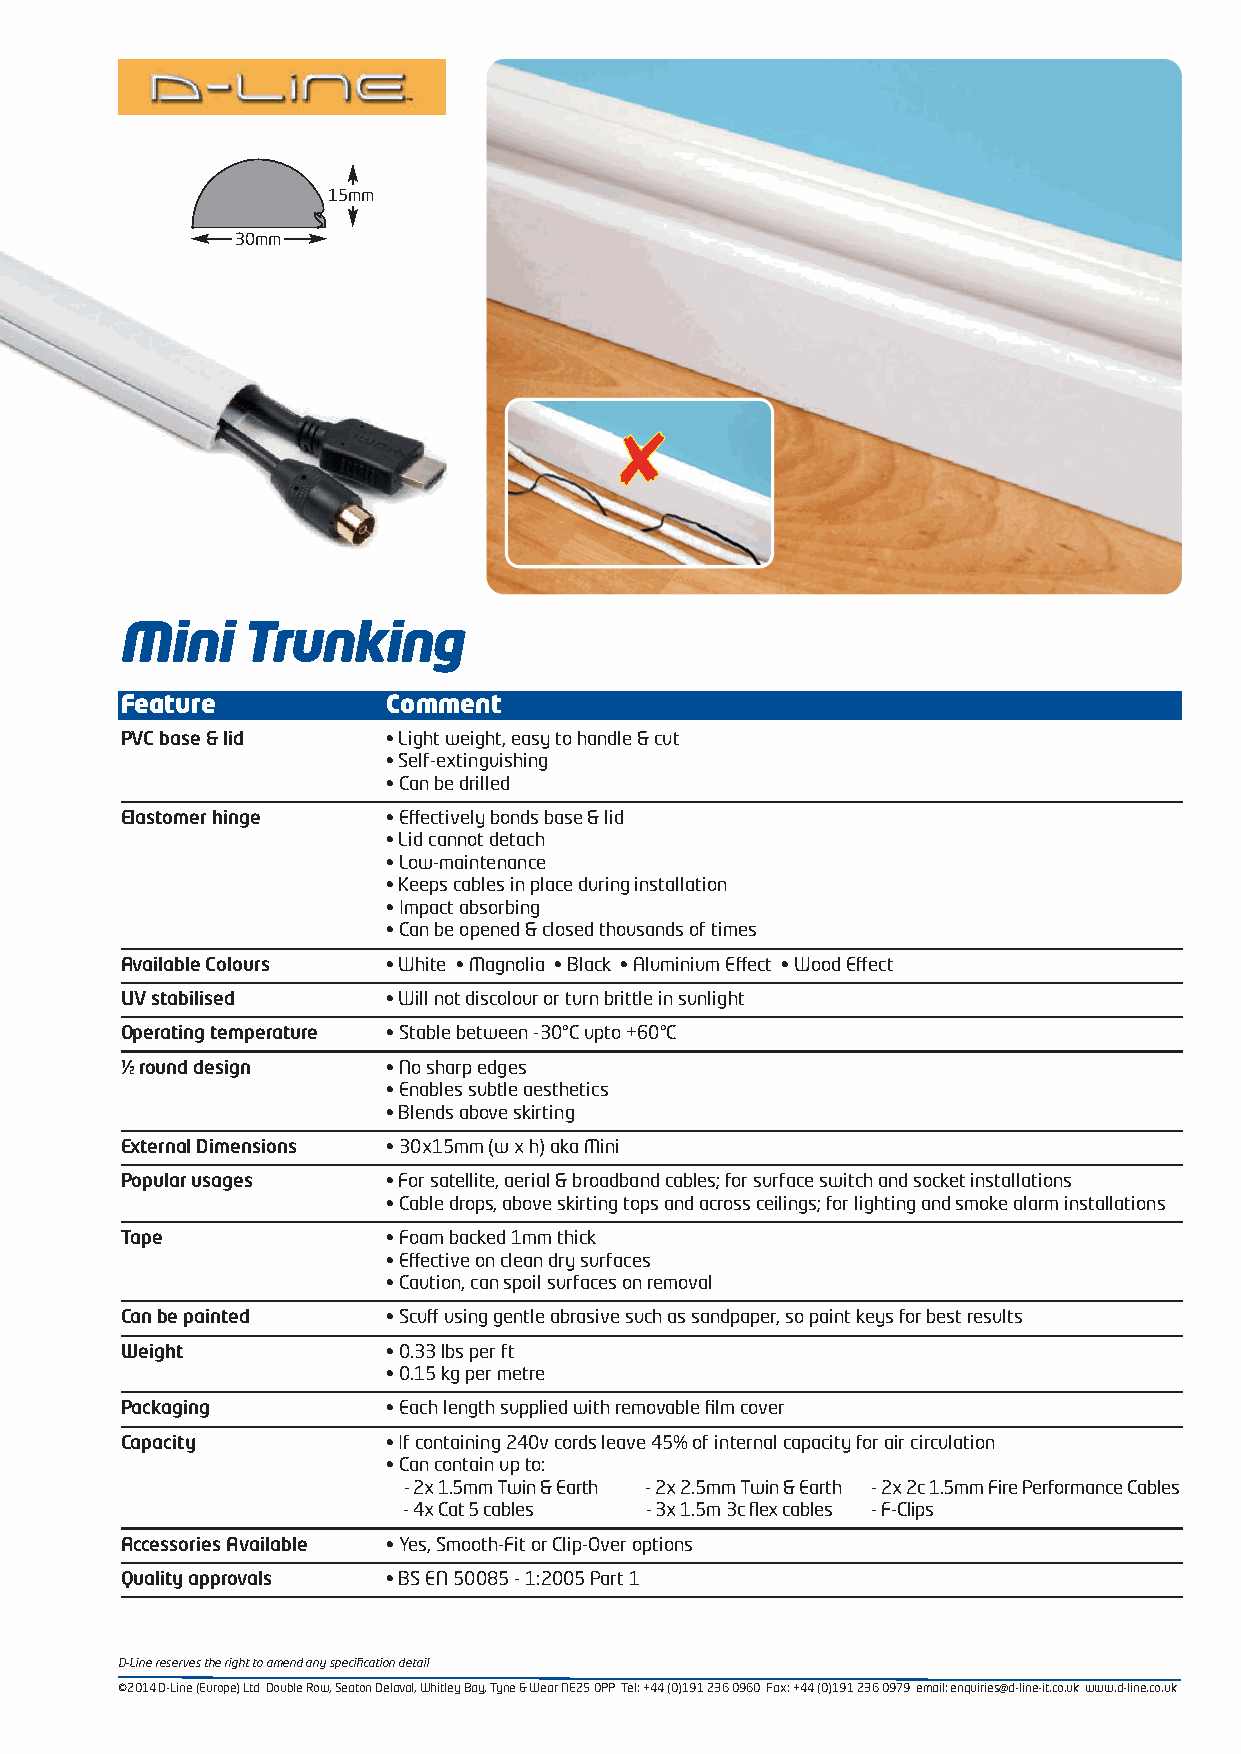
15mm
 30mm
 Mini    Trunking
 Feature           Comment
 PVC base & lid    • Light weight, easy to handle & cut
 • Self-extinguishing
 • Can be drilled
 Elastomer hinge   • Effectively bonds base & lid
 • Lid cannot detach
 • Low-maintenance
 • Keeps cables in place during installation
 • Impact absorbing
 • Can be opened & closed thousands of times
 Available Colours • White • Magnolia • Black • Aluminium Effect • Wood Effect
 UV stabilised     • Will not discolour or turn brittle in sunlight
 Operating temperature • Stable between -30°C upto +60°C
 ½ round design    • No sharp edges
 • Enables subtle aesthetics
 • Blends above skirting
 External Dimensions • 30x15mm (w x h) aka Mini
 Popular usages    • For satellite, aerial & broadband cables; for surface switch and socket installations
 • Cable drops, above skirting tops and across ceilings; for lighting and smoke alarm installations
 Tape              • Foam backed 1mm thick
 • Effective on clean dry surfaces
 • Caution, can spoil surfaces on removal
 Can be painted    • Scuff using gentle abrasive such as sandpaper, so paint keys for best results
 Weight            • 0.33 lbs per ft
 • 0.15 kg per metre
 Packaging         • Each length supplied with removable film cover
 Capacity          • If containing 240v cords leave 45% of internal capacity for air circulation
 • Can contain up to:
 - 2x 1.5mm Twin & Earth - 2x 2.5mm Twin & Earth - 2x 2c 1.5mm Fire Performance Cables
 - 4x Cat 5 cables - 3x 1.5m 3c flex cables - F-Clips
 Accessories Available • Yes, Smooth-Fit or Clip-Over options
 Quality approvals • BS EN 50085 - 1:2005 Part 1
 D-Line reserves the right to amend any specification detail
 ©2014 D-Line (Europe) Ltd Double Row, Seaton Delaval, Whitley Bay, Tyne & Wear NE25 0PP Tel: +44 (0)191 236 0960 Fax: +44 (0)191 236 0979 email: enquiries@d-line-it.co.uk www.d-line.co.uk